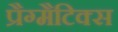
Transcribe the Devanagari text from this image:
प्रैग्मैटिक्स